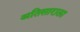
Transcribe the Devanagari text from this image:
अतिसाराला